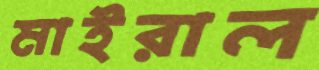
মাইরাল